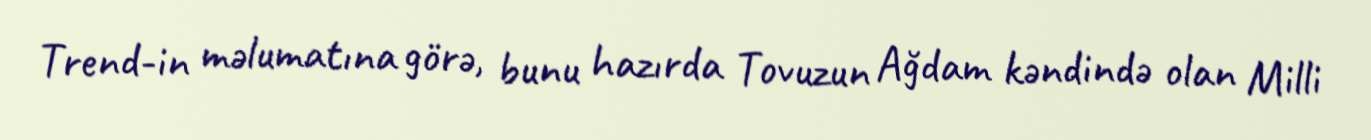
Trend-in məlumatına görə, bunu hazırda Tovuzun Ağdam kəndində olan Milli